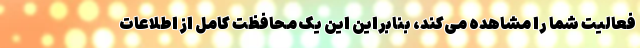
فعالیت شما را مشاهده می‌کند، بنابراین این یک محافظت کامل از اطلاعات